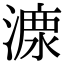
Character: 𣼟